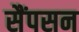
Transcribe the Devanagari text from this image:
सैंपसन